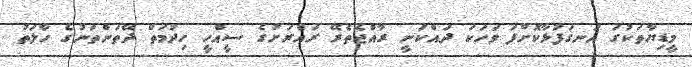
މީޑިޔާތަކުގަ އަނގަފުޅާކޮށްފަ ވަަހަކަ ދައްކަނީ ރާއްޖެތެރޭ ރައްރަށުގެ ސީއްހީ ހިދުމަތް ދޭތަންތަނުގެ ހާލަތު